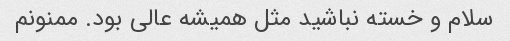
سلام و خسته نباشید مثل همیشه عالی بود. ممنونم